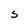
Character: S